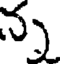
న్న